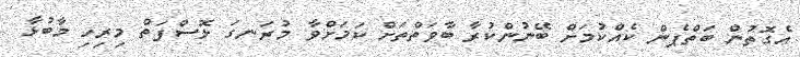
އެގޮތުން ބަތްޕެން ކެއްކުމަށް ބޭނުންކުރާ ބާވަަތްތަށް ކަމަށްވާ މުރަނގަ ޅޮސްފަތް މިރިހި މާބުޅާ